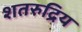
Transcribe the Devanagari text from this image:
शतरुद्रिय